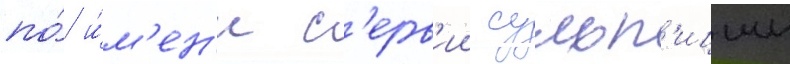
по́ и́м'ен'и с'ерв'ии сульп'иции